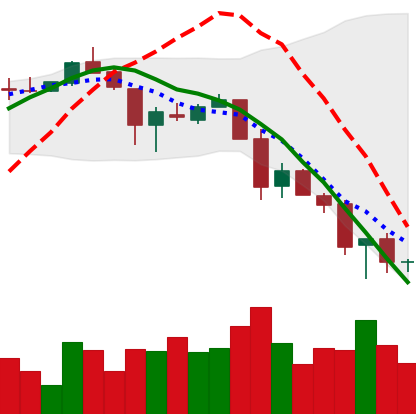
Ticker: XLM-USD
Chart end date: 2018-11-27
Forward return: 11.032%
Label: up_7plus